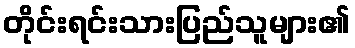
တိုင်းရင်းသားပြည်သူများ၏